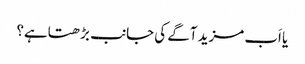
یا اَب مزید آگے کی جانب بڑھتاہے؟